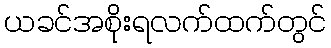
ယခင်အစိုးရလက်ထက်တွင်